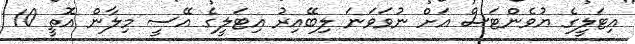
އިޓަލީގެ ޔުވެންޓަސް އަށް ނުވަވަނަ ލިބޭއިރު އިޓަލީގެ އޭސީ މިލާން އޮތީ 10